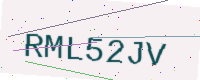
Text: RML52JV